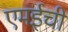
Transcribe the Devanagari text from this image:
एमईची